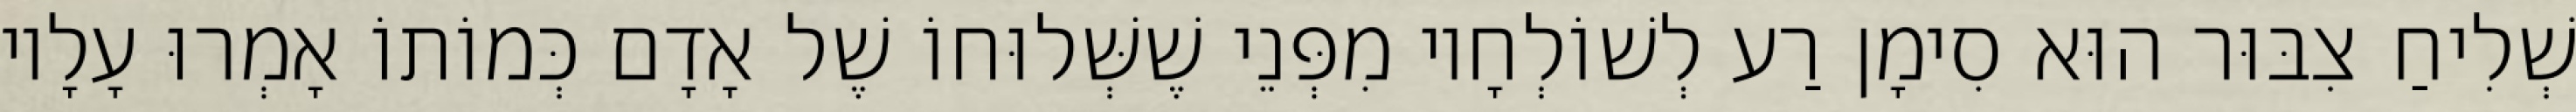
שְׁלִיחַ צִבּוּר הוּא סִימָן רַע לְשׁוֹלְחָיו מִפְּנֵי שֶׁשְּׁלוּחוֹ שֶׁל אָדָם כְּמוֹתוֹ אָמְרוּ עָלָיו